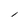
Character: 1